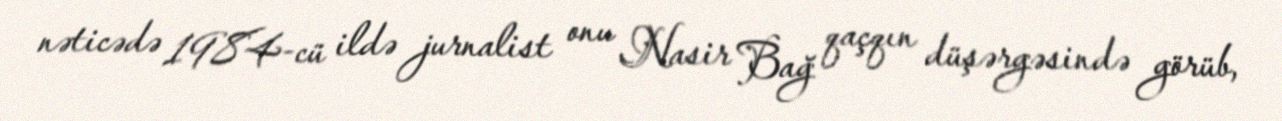
nəticədə 1984-cü ildə jurnalist onu Nasir Bağ qaçqın düşərgəsində görüb,